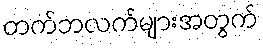
တက်ဘလက်များအတွက်